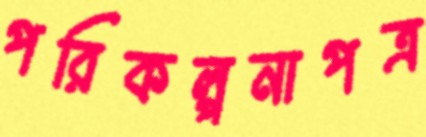
পরিকল্পনাপত্র